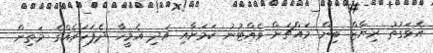
އެވަގުތު ރިޔާޒް ބިން މައްޗަށް ވެއްޓުނު ކަމަށާއި އަދި އެމީހާ ދެފަހަރެއްގެ މަތިން